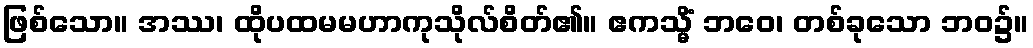
ဖြစ်သော။ အဿ၊ ထိုပထမမဟာကုသိုလ်စိတ်၏။ ဧကသ္မိံ ဘဝေ၊ တစ်ခုသော ဘဝ၌။